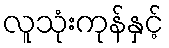
လူသုံးကုန်နှင့်